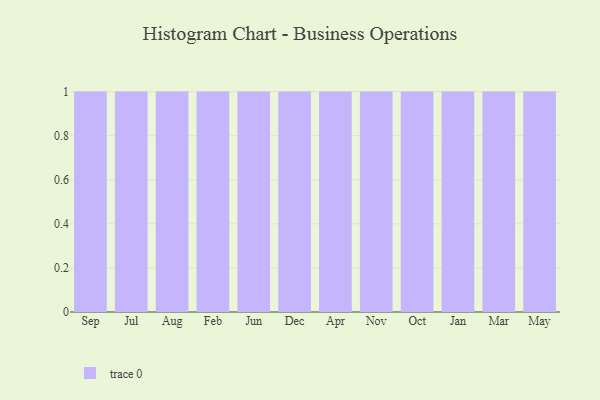
{"axis": {"x": "Month", "y": "Website Visitors"}, "legend": [""], "data": [{"x": "Sep", "y": 63, "type": ""}, {"x": "Jul", "y": 79, "type": ""}, {"x": "Aug", "y": 92, "type": ""}, {"x": "Feb", "y": 22, "type": ""}, {"x": "Jun", "y": 41, "type": ""}, {"x": "Dec", "y": 52, "type": ""}, {"x": "Apr", "y": 45, "type": ""}, {"x": "Nov", "y": 59, "type": ""}, {"x": "Oct", "y": 93, "type": ""}, {"x": "Jan", "y": 14, "type": ""}, {"x": "Mar", "y": 33, "type": ""}, {"x": "May", "y": 25, "type": ""}]}